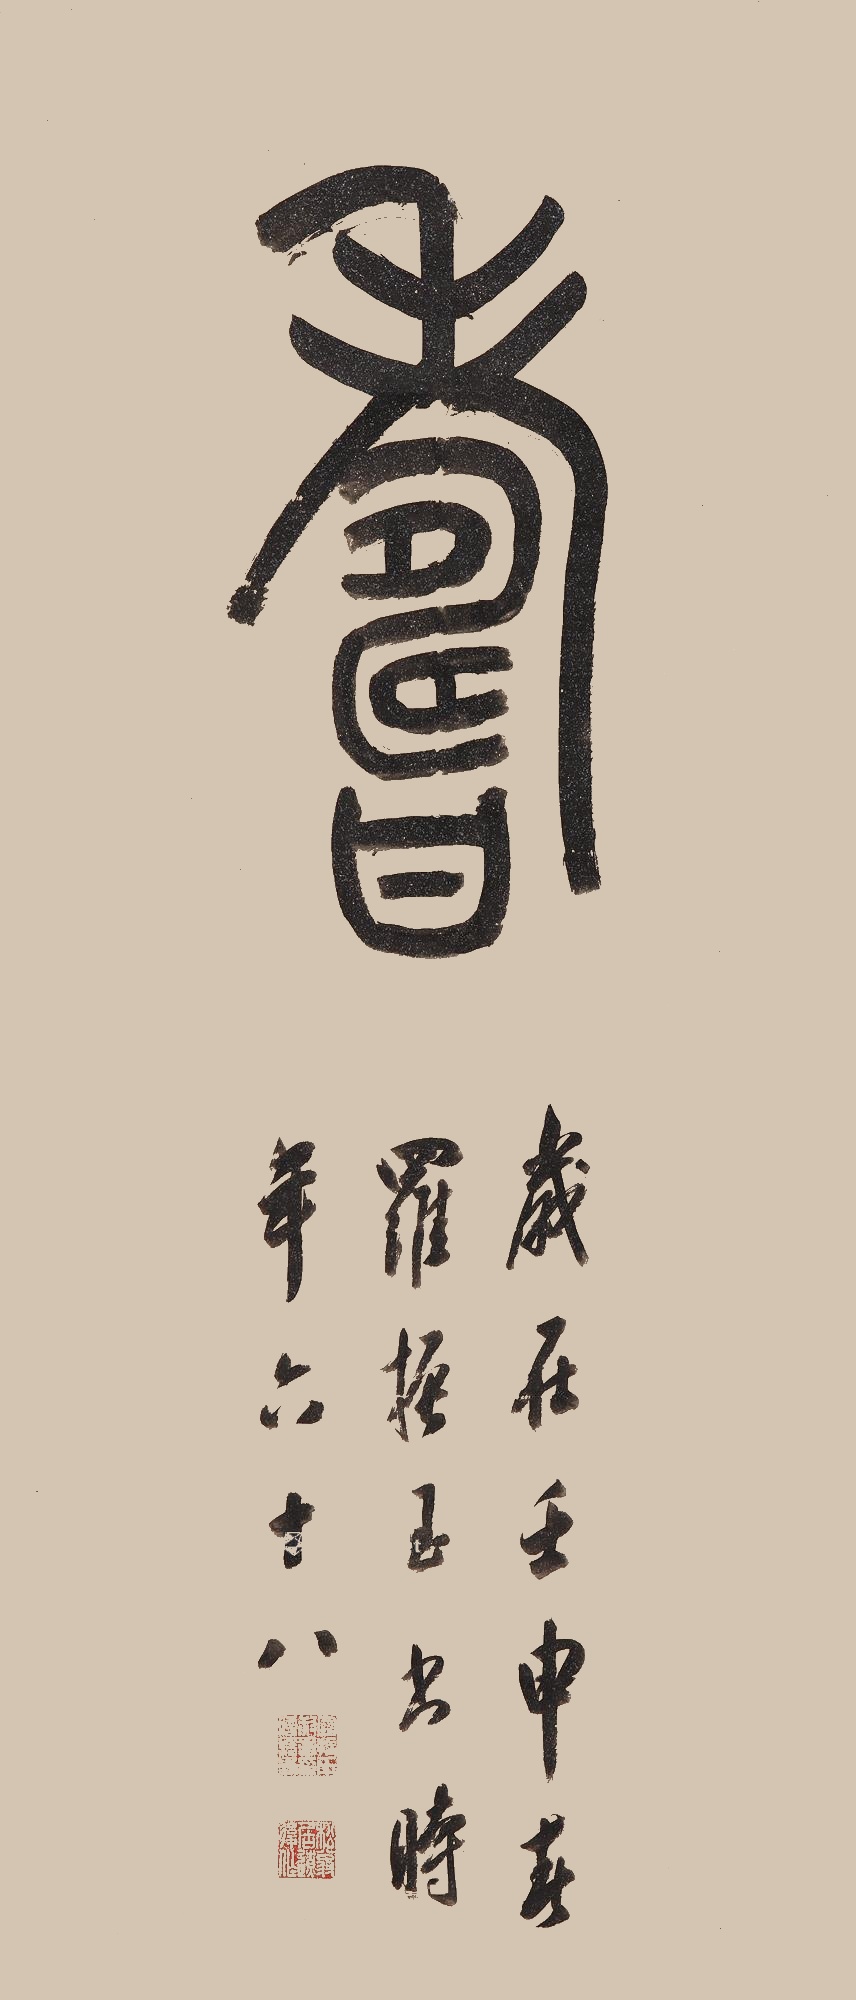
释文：寿。岁在壬申（1932年）春，罗振玉书，时年六十八。